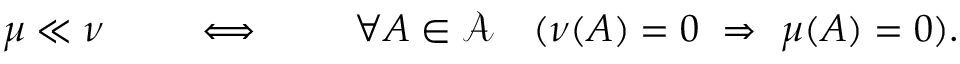
\mu \ll \nu \qquad \iff \qquad \forall A \in { \mathcal { A } } \quad ( \nu ( A ) = 0 \ \Rightarrow \ \mu ( A ) = 0 ) .